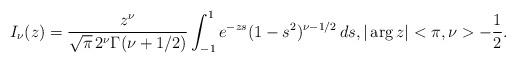
LaTeX: \begin{align*}I_{\nu}(z) = \frac{z^{\nu}}{\sqrt{\pi}\,2^{\nu}\Gamma(\nu+1/2)}\int_{-1}^1e^{-zs} (1-s^2)^{\nu-1/2}\,ds, |\arg z|<\pi, \nu>-\frac12.\end{align*}